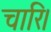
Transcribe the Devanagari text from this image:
चारि।